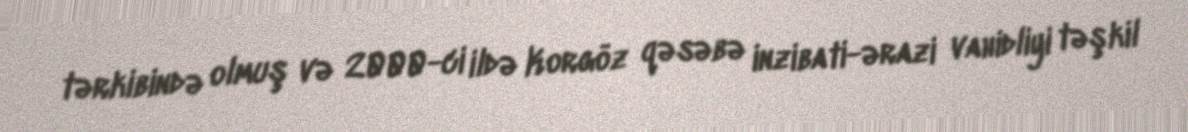
tərkibində olmuş və 2000-ci ildə Korgöz qəsəbə inzibati-ərazi vahidliyi təşkil